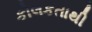
કોલકતાથી